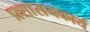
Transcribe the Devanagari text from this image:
प्रशासनकार्य